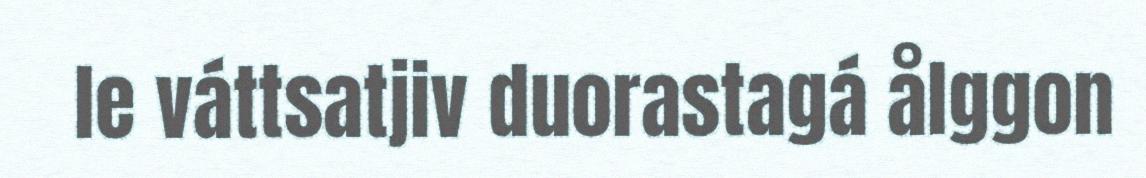
le váttsatjiv duorastagá ålggon